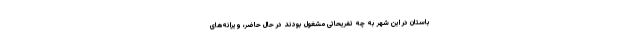
باستان در این شهر به چه تفریحاتی مشغول بودند در حال حاضر، ویرانه‌های